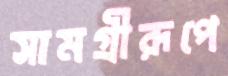
সামগ্রীরূপে